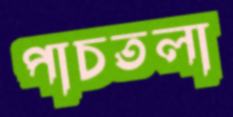
পাচতলা